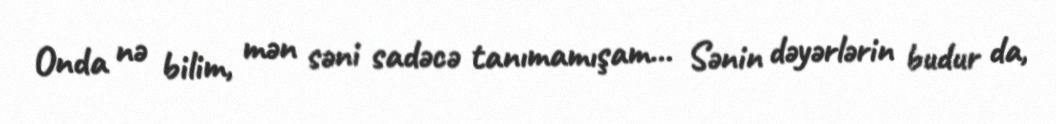
Onda nə bilim, mən səni sadəcə tanımamışam... Sənin dəyərlərin budur da,